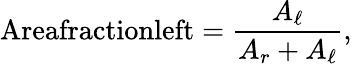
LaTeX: \textrm{Areafractionleft}=\frac{A_{\ell}}{A_{r}+A_{\ell}},